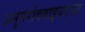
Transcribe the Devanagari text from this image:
अनुत्तरोववाइयदसा